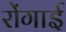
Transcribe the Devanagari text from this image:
रोंगाई